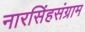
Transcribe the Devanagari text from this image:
नारसिंहसंग्राम